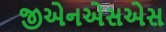
જીએનએસએસ